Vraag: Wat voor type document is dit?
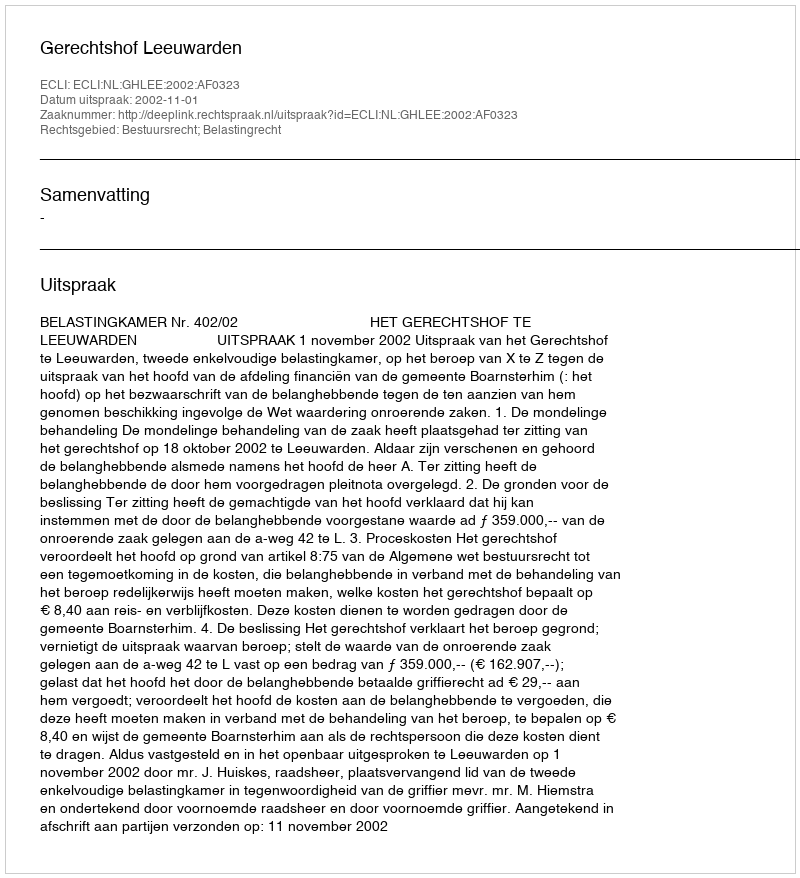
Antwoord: Uitspraak